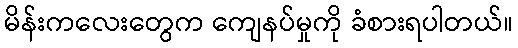
မိန်းကလေးတွေက ကျေနပ်မှုကို ခံစားရပါတယ်။